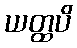
ယတ္ထပိ